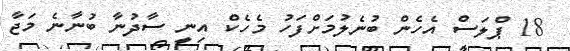
18 ޕްލަސް އެހެން ބުނެލުމަށްފަހު މެހެކް އިނީ ސާދުނާ ބުނާނެ މަޖާ